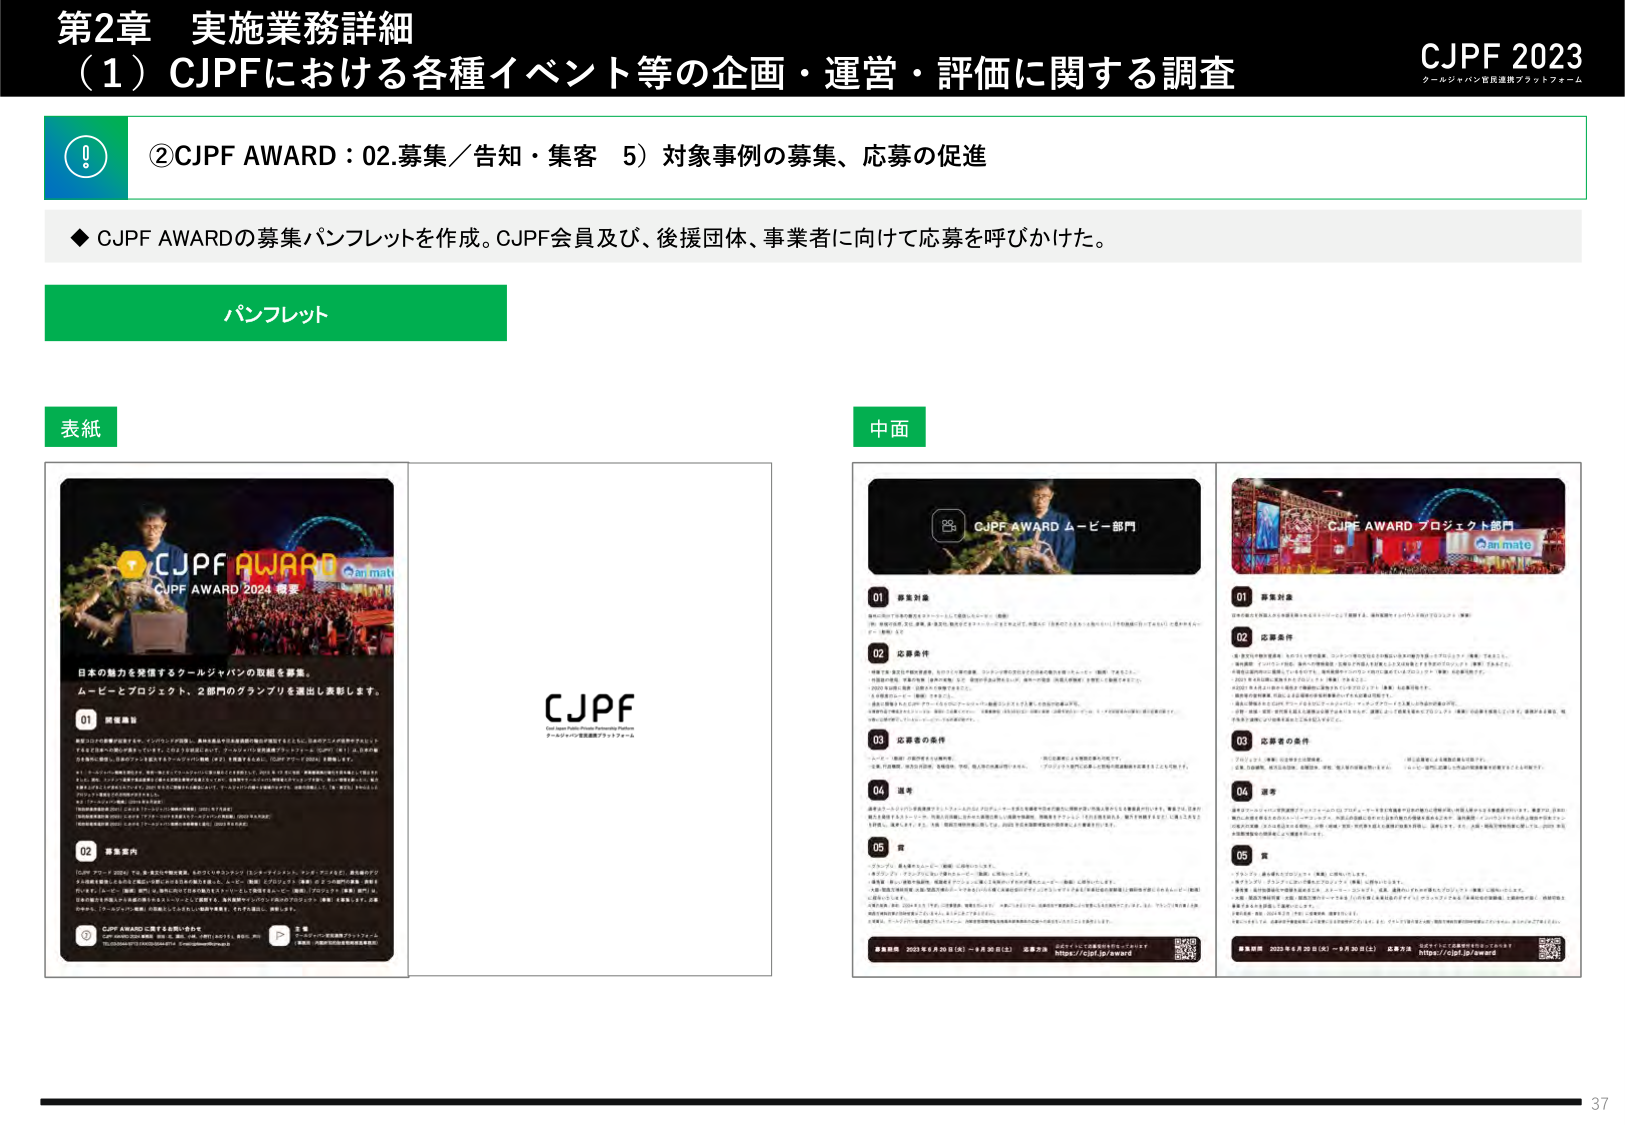
第2章 実施業務詳細
（1）CJPFにおける各種イベント等の企画・運営・評価に関する調査

CJPF 2023
クールジャパン官民連携プラットフォーム

②CJPF AWARD：02.募集／告知・集客 5）対象事例の募集、応募の促進

◆ CJPF AWARDの募集パンフレットを作成。CJPF会員及び、後援団体、事業者に向けて応募を呼びかけた。

パンフレット

表紙

CJPF AWARD
CJPF AWARD 2024 募集
an mato

日本の魅力を発信するクールジャパンの取組を募集。
ムービーとプロジェクト、2部門のグランプリを選出します。

01 募集対象
02 募集案内

CJPF AWARD に関するお問い合わせ
CJPF AWARD 2024 募集・審査・表彰（予定）に関するお問い合わせ先
E-mail: award@cjpf.jp
※詳細は公式サイトをご確認ください。

主催
クールジャパン官民連携プラットフォーム
CJPF（Cool Japan Public-Private Partnership Platform）

CJPF
Cool Japan Public-Private Partnership Platform
クールジャパン官民連携プラットフォーム

中面

CJPF AWARD ムービー部門
CJPF AWARD プロジェクト部門
an mato

01 募集対象
02 応募条件
03 応募者の条件
04 選考
05 賞

01 募集対象
02 応募条件
03 応募者の条件
04 選考
05 賞

募集期間 2023年6月20日（火）～8月30日（水） 応募方法 https://cjpf.jp/award
募集期間 2023年6月20日（火）～8月30日（水） 応募方法 https://cjpf.jp/award

37